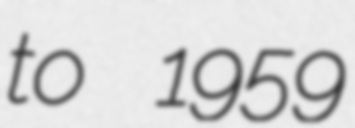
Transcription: to 1959